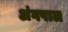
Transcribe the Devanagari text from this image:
अंगपाल